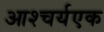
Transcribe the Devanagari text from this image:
आश्चर्यएक